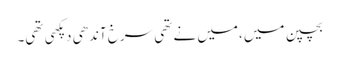
بچپن میں ،میں نے تھی سرخ آندھی دپکھی تھی۔